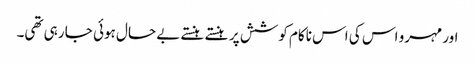
اور مہرو اس کی اس ناکام کوشش پر ہنستے ہنستے بے حال ہوئی جا رہی تھی۔